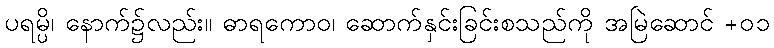
ပရမ္ပိ၊ နောက်၌လည်း။ ဓာရကောဝ၊ ဆောက်နှင်းခြင်းစသည်ကို အမြဲဆောင် +၀၁